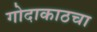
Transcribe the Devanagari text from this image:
गोदाकाठचा